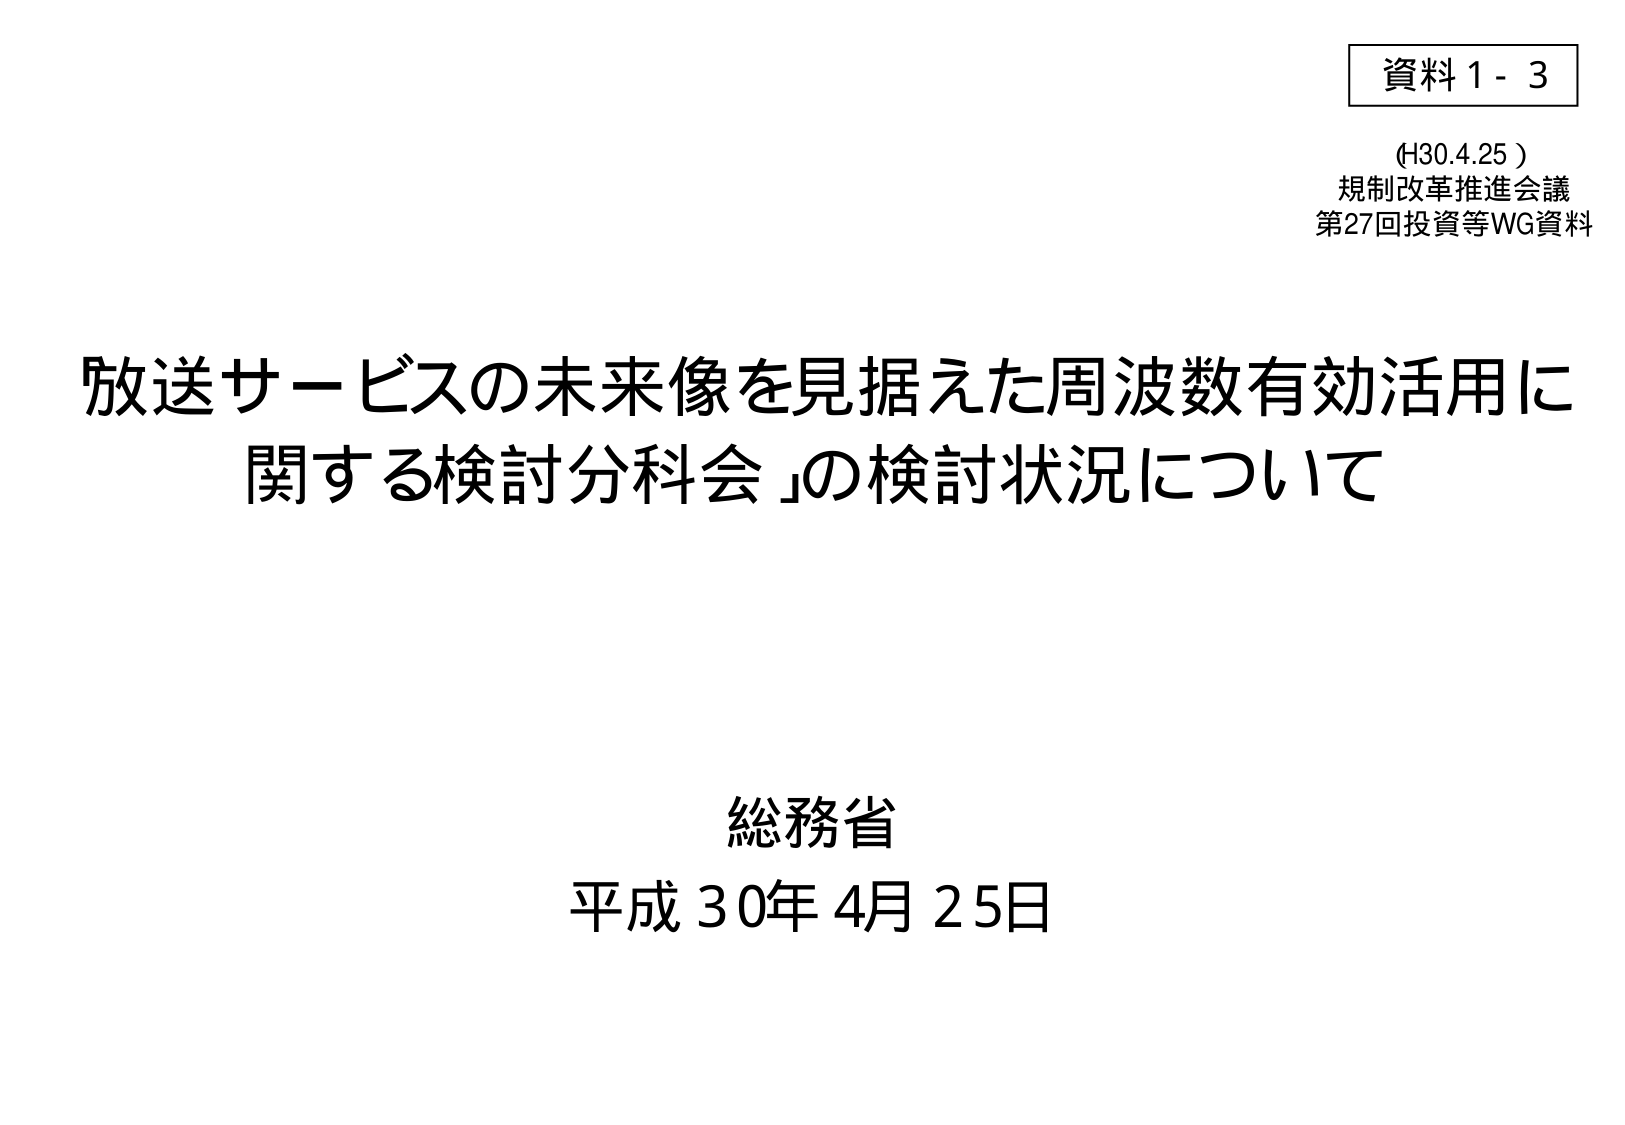
資料１－３
(H30.4.25)
規制改革推進会議
第27回投資等WG資料

放送サービスの未来像を見据えた周波数有効活用に関する検討分科会」の検討状況について

総務省
平成30年4月25日